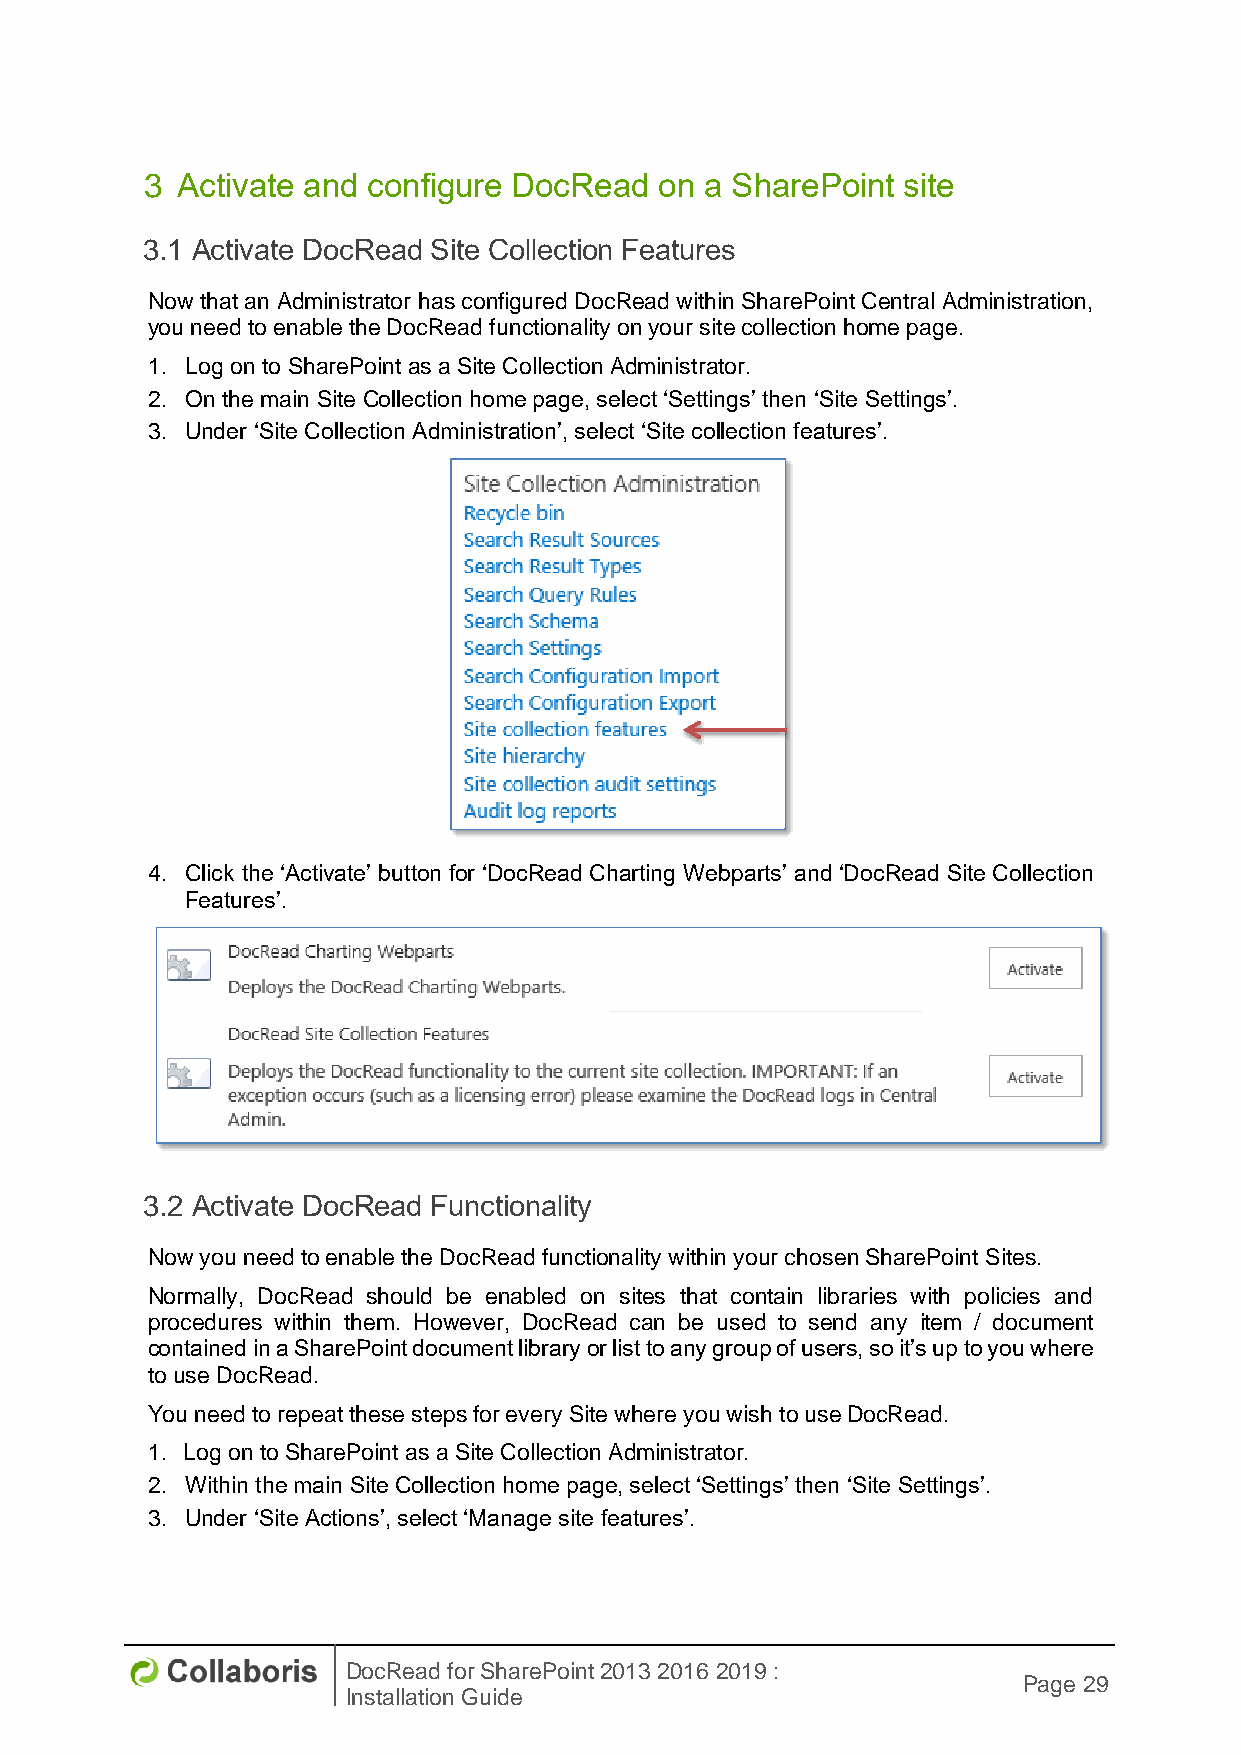
3 Activate and configure DocRead  on a SharePoint site
 3.1 Activate DocRead Site Collection Features
 Now that an Administrator has configured DocRead within SharePoint Central Administration,
 you need to enable the DocRead functionality on your site collection home page.
 1. Log on to SharePoint as a Site Collection Administrator.
 2. On the main Site Collection home page, select ‘Settings’ then ‘Site Settings’.
 3. Under ‘Site Collection Administration’, select ‘Site collection features’.
 4. Click the ‘Activate’ button for ‘DocRead Charting Webparts’ and ‘DocRead Site Collection
 Features’.
 3.2 Activate DocRead Functionality
 Now you need to enable the DocRead functionality within your chosen SharePoint Sites.
 Normally, DocRead should be enabled on sites that contain libraries with policies and
 procedures within them. However, DocRead can be used to send any item / document
 contained in a SharePoint document library or list to any group of users, so it’s up to you where
 to use DocRead.
 You need to repeat these steps for every Site where you wish to use DocRead.
 1. Log on to SharePoint as a Site Collection Administrator.
 2. Within the main Site Collection home page, select ‘Settings’ then ‘Site Settings’.
 3. Under ‘Site Actions’, select ‘Manage site features’.
 DocRead for SharePoint 2013 2016 2019 :
 Page 29
 Installation Guide